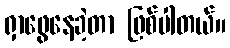
ရှာဖွေနေခဲ့တာ ဖြစ်ပါတယ်။